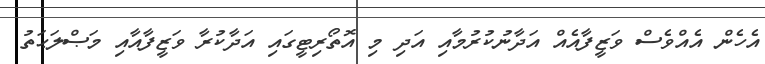
އެހެން އެއްވެސް ވަޒީފާއެއް އަދާނުކުރުމާއި އަދި މި އޮތޯރިޓީގައި އަދާކުރާ ވަޒީފާއާއި މަޞްލަޙަތު